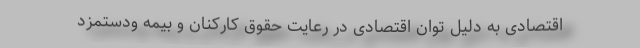
اقتصادی به دلیل توان اقتصادی در رعایت حقوق کارکنان و بیمه ودستمزد